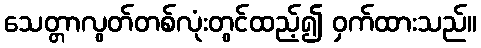
သေတ္တာလွတ်တစ်လုံးတွင်ထည့်၍ ဝှက်ထားသည်။